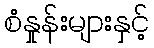
စံနှုန်းများနှင့်